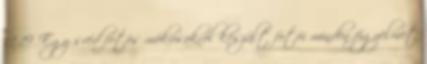
11:19 Egy svéd fotós mókusokról készült fotói minden figyelmet